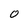
Character: O